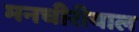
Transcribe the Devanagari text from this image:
मनचीरीयाल